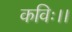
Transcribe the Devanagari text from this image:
कविः।।